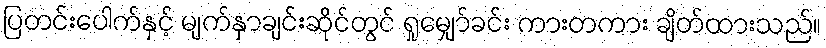
ပြတင်းပေါက်နှင့် မျက်နှာချင်းဆိုင်တွင် ရှုမျှော်ခင်း ကားတကား ချိတ်ထားသည်။